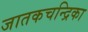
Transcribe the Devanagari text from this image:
जातकचन्द्रिका